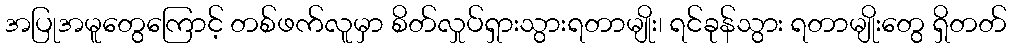
အပြုအမူတွေကြောင့် တစ်ဖက်လူမှာ စိတ်လှုပ်ရှားသွားရတာမျိုး၊ ရင်ခုန်သွား ရတာမျိုးတွေ ရှိတတ်